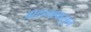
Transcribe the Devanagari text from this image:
आशयापासून